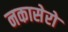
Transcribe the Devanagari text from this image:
नकासेरो